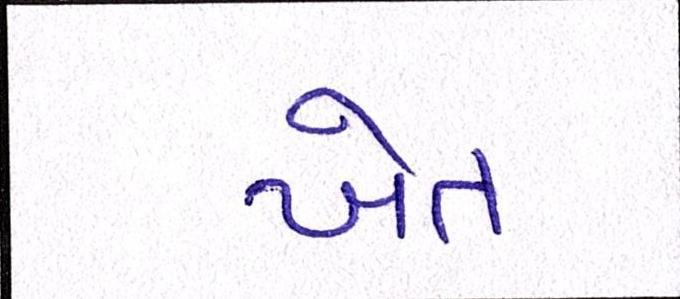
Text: ખેત